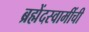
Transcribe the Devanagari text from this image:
ब्रह्मेंदस्वामींची